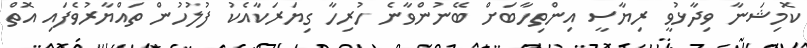
ކޮމިޝަނާ ވިދާޅުވީ ރިޔާސީ އިންތިހާބަށް ބޭނުންވާނެ ހުރިހާ ގިޔަރަކާއެކު ފުލުހުން ތައްޔާރުވެފައި އޮތް